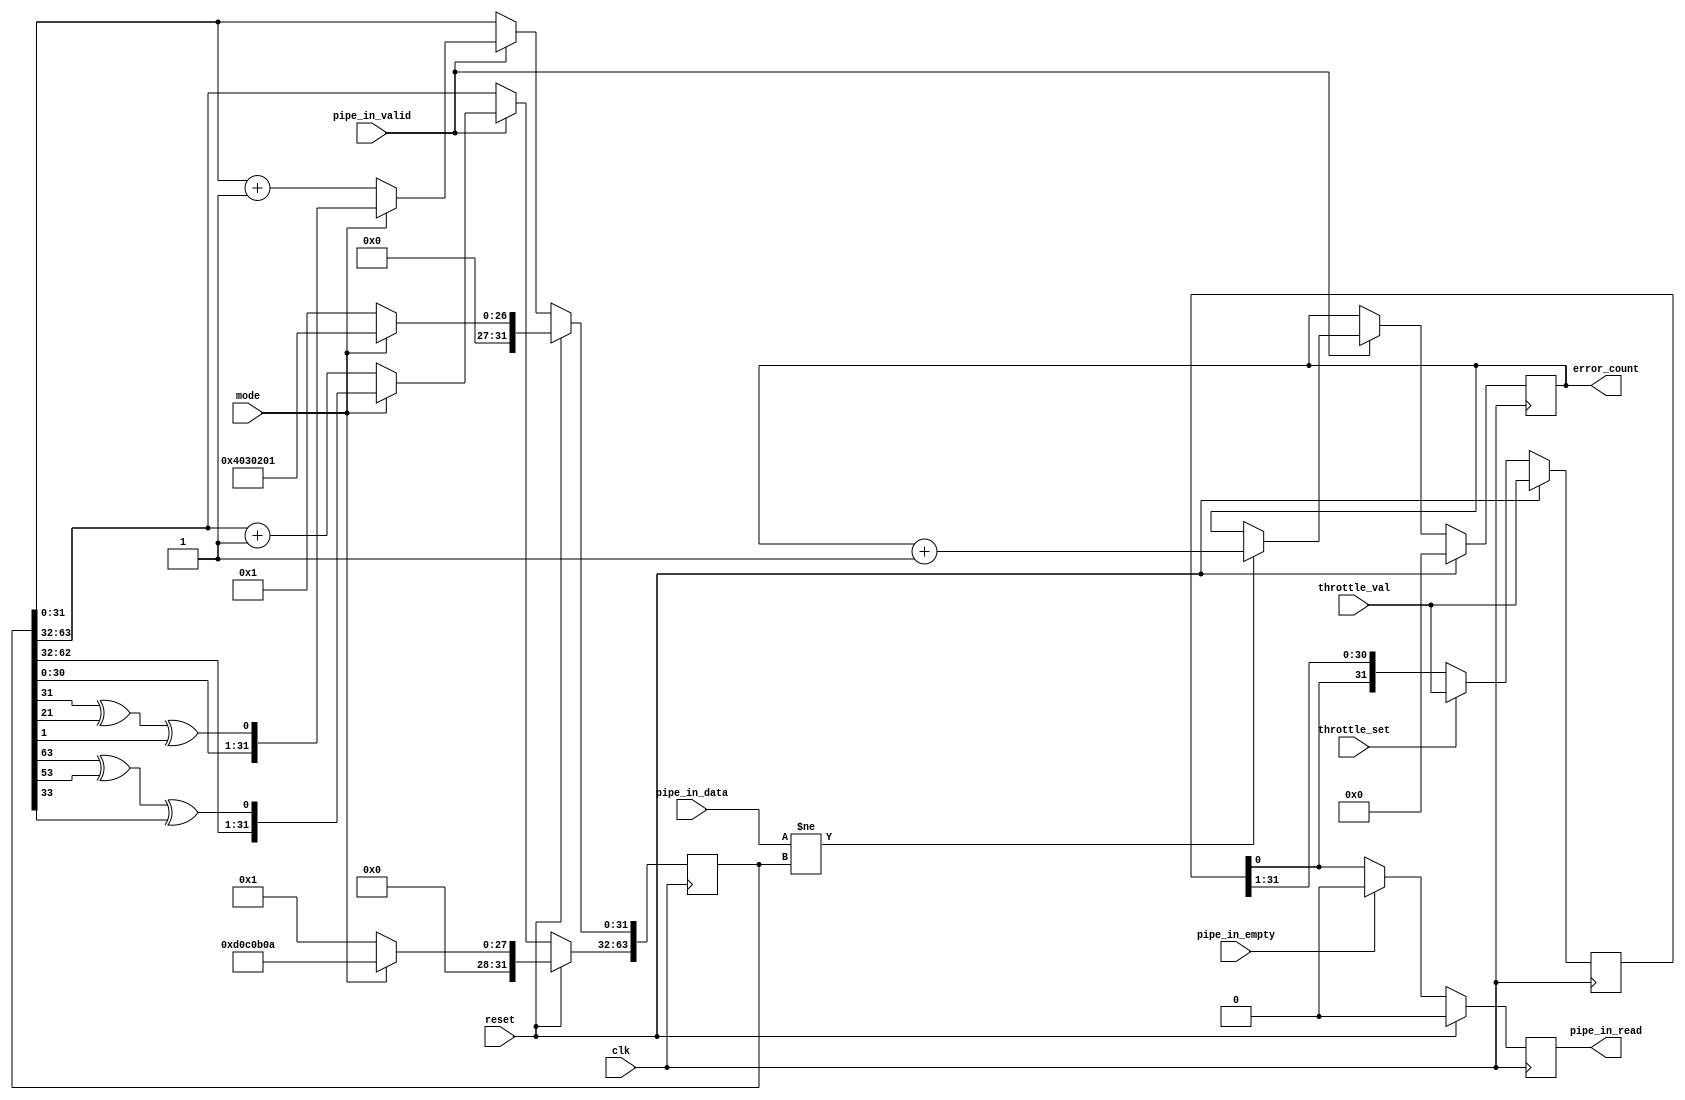
//------------------------------------------------------------------------
// pipe_in_check.v
//
// Received data and checks against pseudorandom sequence for Pipe In.
//
// Copyright (c) 2010 Opal Kelly Incorporated
//------------------------------------------------------------------------

`default_nettype none

module pipe_in_check(
	input  wire            clk,
	input  wire            reset,
	output reg             pipe_in_read,
	input  wire [63:0]     pipe_in_data,
	input  wire            pipe_in_valid,
	input  wire            pipe_in_empty,
	input  wire            throttle_set,
	input  wire [31:0]     throttle_val,
	input  wire            mode,               // 0=Count, 1=LFSR
	output reg  [31:0]     error_count
	);


reg  [31:0]  throttle;
reg  [63:0]  lfsr;
reg  [31:0]  temp;


//------------------------------------------------------------------------
// LFSR mode signals
//
// 32-bit: x^32 + x^22 + x^2 + 1
// lfsr_out_reg[0] <= r[31] ^ r[21] ^ r[1]
//------------------------------------------------------------------------
always @(posedge clk) begin
	if (reset == 1'b1) begin
		throttle     <= throttle_val;
		error_count  <= 0;
		pipe_in_read <= 1'b0;
		
		if (mode == 1'b1) begin
			lfsr  <= 64'h0D0C0B0A04030201;
		end else begin
			lfsr  <= 64'h0000000100000001;
		end
	end else begin
		pipe_in_read <= 1'b0;


		// The throttle is a circular register.
		// 1 enabled read or write this cycle.
		// 0 disables read or write this cycle.
		// So a single bit (0x00000001) would lead to 1/32 data rate.
		// Similarly 0xAAAAAAAA would lead to 1/2 data rate.
		if (throttle_set == 1'b1) begin
			throttle <= throttle_val;
		end else begin
			throttle <= {throttle[0], throttle[31:1]};
		end
		
		
		// Consume data when there is data available.
		if (pipe_in_empty == 1'b0) begin
			pipe_in_read <= throttle[0];
		end
		
		
		// Check incoming data for validity
		if (pipe_in_valid == 1'b1) begin
			if (pipe_in_data[63:0] != lfsr) begin
				error_count <= error_count + 1'b1;
			end
		end

		// Cycle the LFSR
		if (pipe_in_valid == 1'b1) begin
			if (mode == 1'b1) begin
				temp = lfsr[31:0];
				lfsr[31:0]  <= {temp[30:0], temp[31] ^ temp[21] ^ temp[1]};
				temp = lfsr[63:32];
				lfsr[63:32] <= {temp[30:0], temp[31] ^ temp[21] ^ temp[1]};
			end else begin
				lfsr[31:0]  <= lfsr[31:0]  + 1'b1;
				lfsr[63:32] <= lfsr[63:32] + 1'b1;
			end
		end
	end
end

endmodule